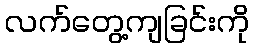
လက်တွေ့ကျခြင်းကို